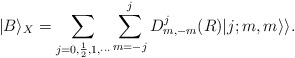
\begin{align*}|B\rangle_{X} =\sum_{j=0,\frac{1}{2},1,\cdots}\sum_{m=-j}^{j}D^j_{m,-m}(R)|j;m,m\rangle\rangle.\end{align*}